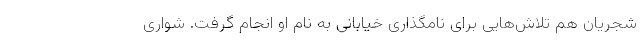
شجریان هم تلاش‌هایی برای نامگذاری خیابانی به نام او انجام گرفت. شواری